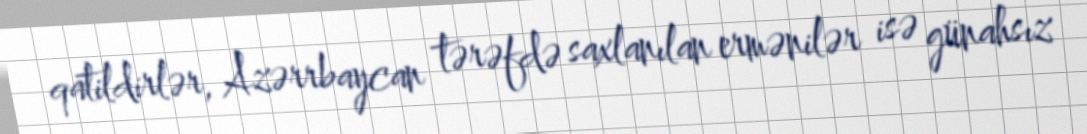
qatildirlər, Azərrbaycan tərəfdə saxlanılan ermənilər isə günahsız